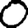
Digit: 0